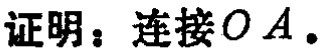
证明：连接\(OA\)。